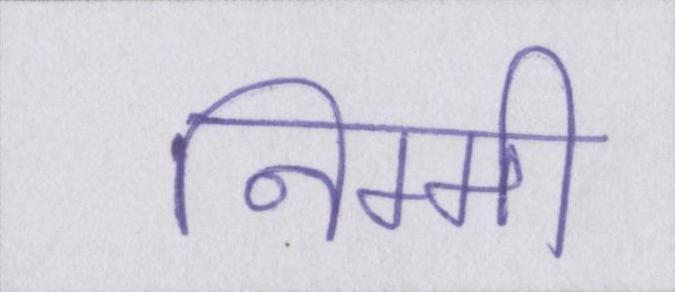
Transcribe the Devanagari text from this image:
निम्मी